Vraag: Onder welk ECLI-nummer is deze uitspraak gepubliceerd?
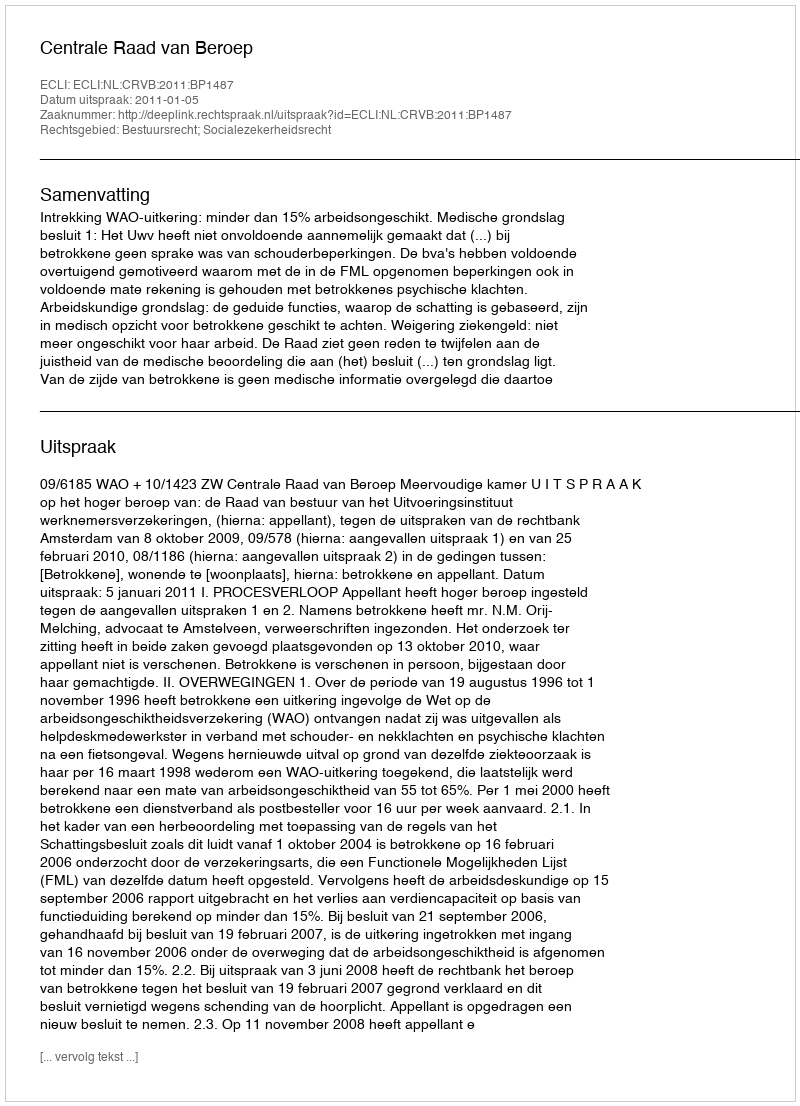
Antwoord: ECLI:NL:CRVB:2011:BP1487